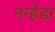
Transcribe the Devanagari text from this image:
नन्हेडा